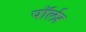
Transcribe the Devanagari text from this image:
पॉर्लर